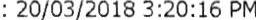
: 20/03/2018 3:20:16 PM